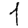
Digit: 1